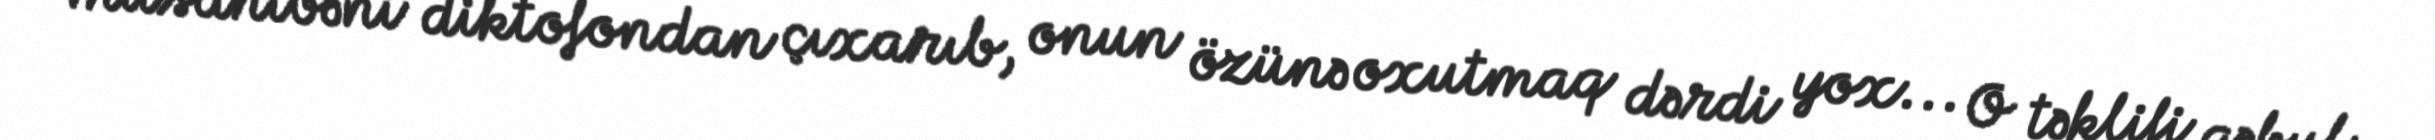
müsahibəni diktofondan çıxarıb, onun özünə oxutmaq dərdi yox... O təklifi qəbul